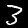
Digit: 3